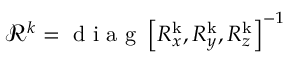
{ \mathbfcal { R } ^ { k } = \mathrm { ~ d ~ i ~ a ~ g ~ } \left[ R _ { x } ^ { \mathrm { { k } } } , R _ { y } ^ { \mathrm { { k } } } , R _ { z } ^ { \mathrm { { k } } } \right] ^ { - 1 } }